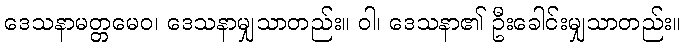
ဒေသနာမတ္တမေဝ၊ ဒေသနာမျှသာတည်း။ ဝါ၊ ဒေသနာ၏ ဦးခေါင်းမျှသာတည်း။